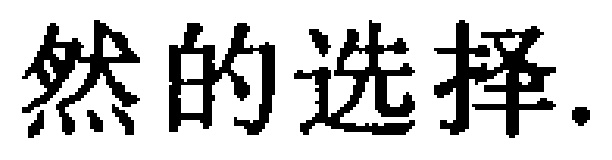
然的选择.